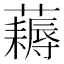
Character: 𧂭